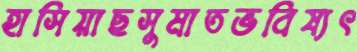
হাসিয়াছসুমাতভবিষ্যৎ